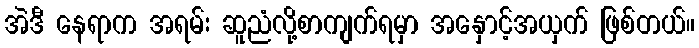
အဲဒီ နေရာက အရမ်း ဆူညံလို့စာကျက်ရမှာ အနှောင့်အယှက် ဖြစ်တယ်။